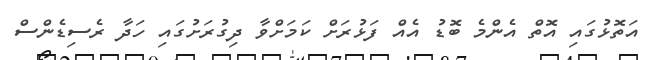
އަތޮޅުގައި އޮތް އެންމެ ބޮޑު އެއް ފަޅުރަށް ކަމަށްވާ ދިގުރަށުގައި ހަދާ ރެސިޑެންސް